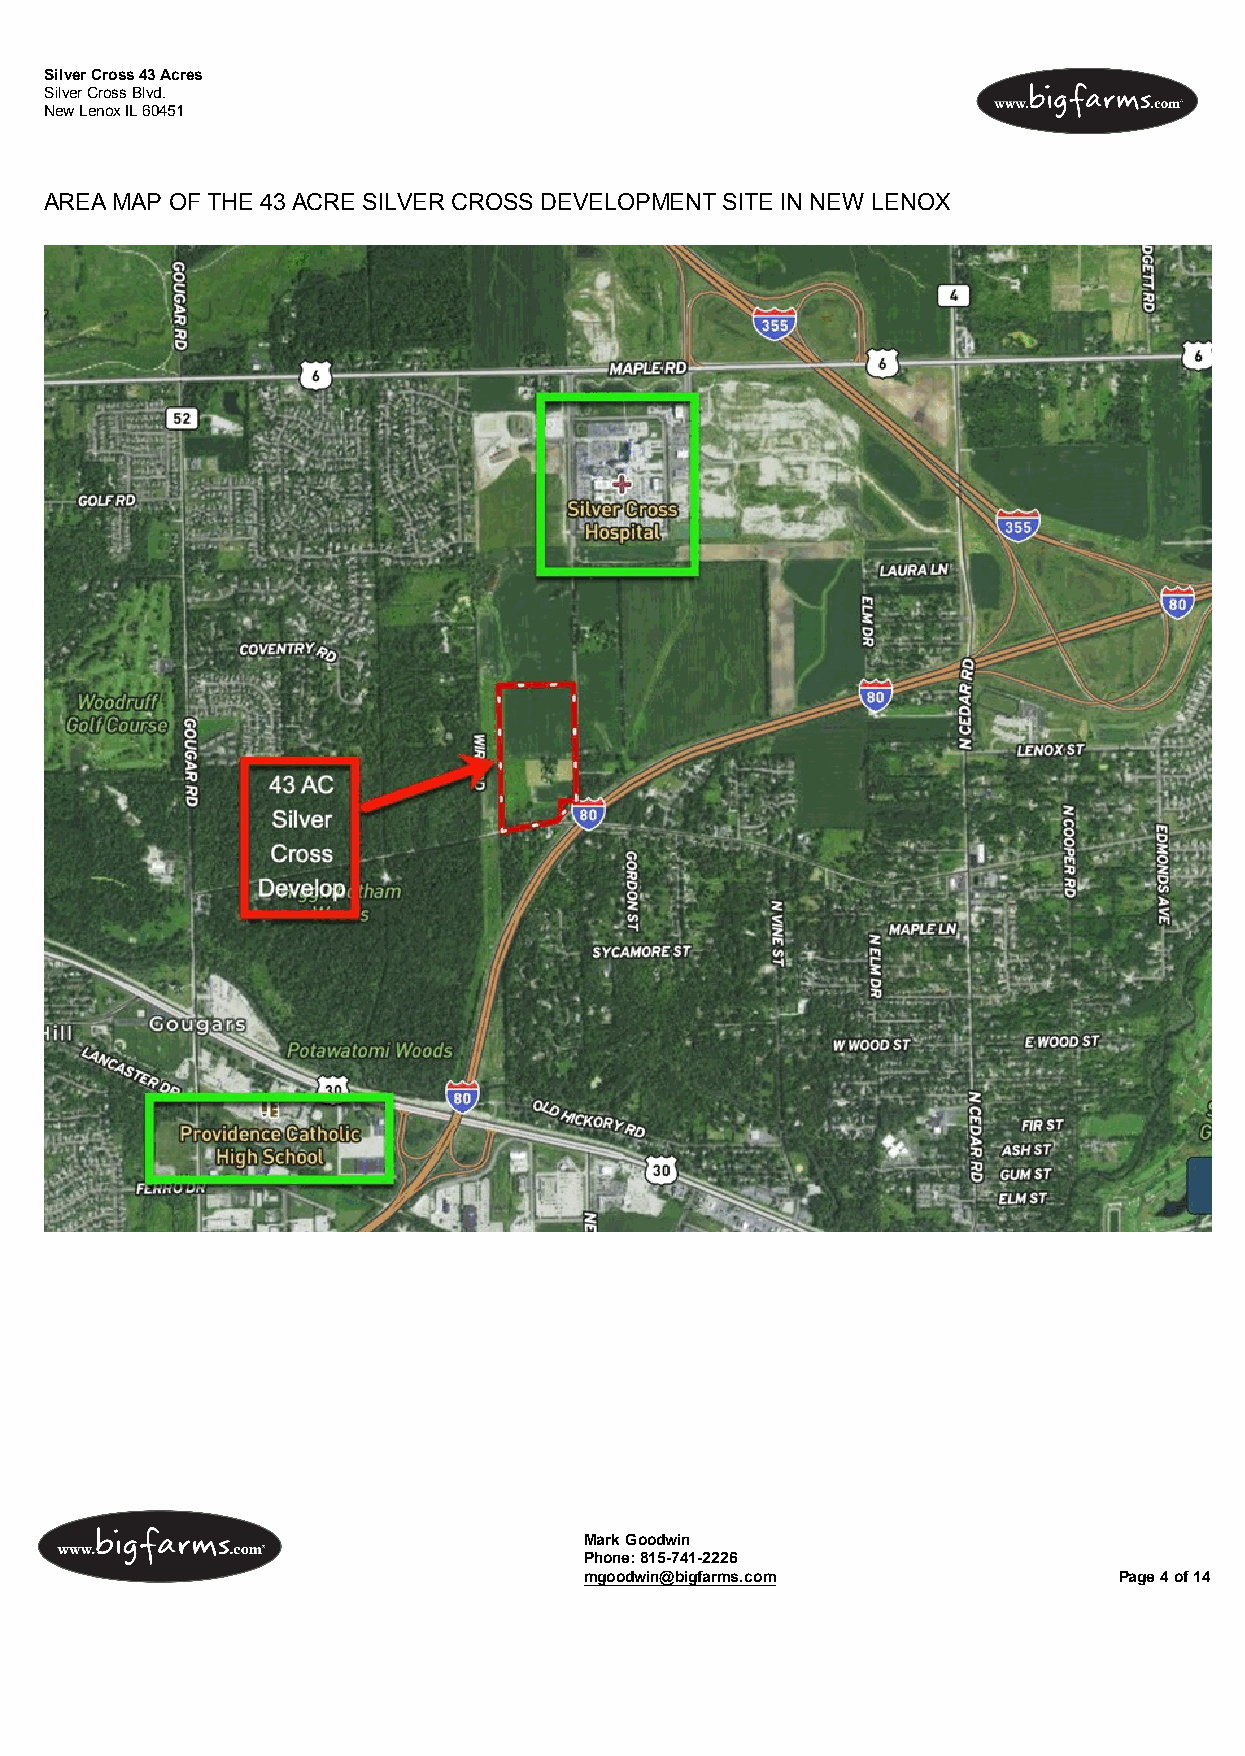
Silver Cross 43 Acres
 Silver Cross Blvd.
 New Lenox IL 60451
 AREA MAP OF THE 43 ACRE SILVER CROSS DEVELOPMENT SITE IN NEW LENOX
 Mark Goodwin
 Phone: 815-741-2226
 mgoodwin@bigfarms.com              Page 4 of 14